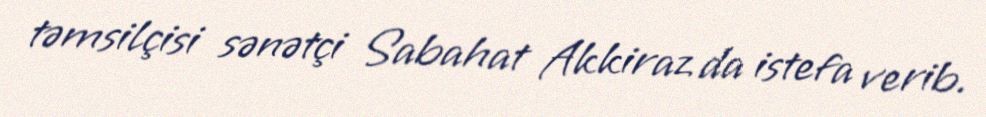
təmsilçisi sənətçi Sabahat Akkiraz da istefa verib.